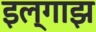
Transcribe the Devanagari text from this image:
इल्गाझ